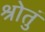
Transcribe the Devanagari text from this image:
श्रोतुं